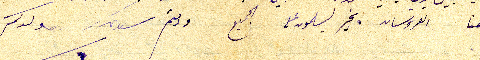
هنا العروسان بخير يسلمون على الجميع ودمتم        ولدكم